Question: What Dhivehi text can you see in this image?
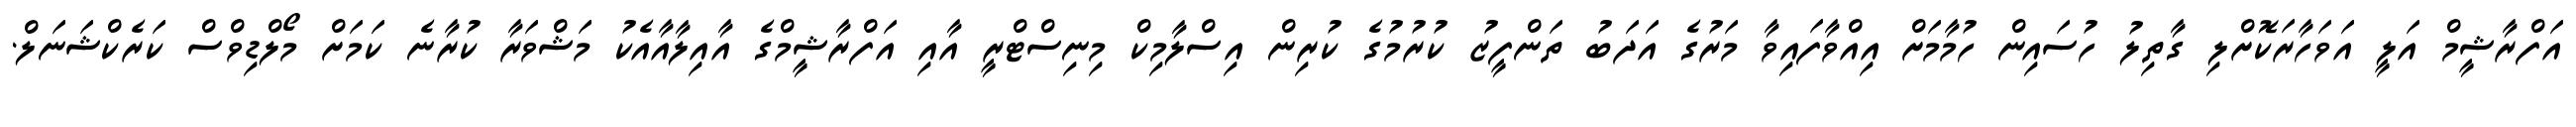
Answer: އަފްރާޝީމް އަލީ އަވަހާރަކޮށްލި ގާތިލު ހުސައިން ހުމާމަށް އިއްވާފައިވާ މަރުގެ އަދަބު ތަންފީޒު ކުރުމުގެ ކުރިން އިސްލާމިކް މިނިސްޓްރީ އާއި އަފްރާޝީމްގެ އާއިލާއާއެކު މަޝްވަރާ ކުރާނެ ކަމަށް މޯލްޑިވްސް ކަރެކްޝަނަލް.